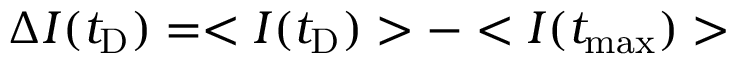
\Delta I ( t _ { \mathrm { D } } ) = < I ( t _ { \mathrm { D } } ) > - < I ( t _ { \mathrm { m a x } } ) >